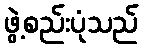
ဖွဲ့စည်းပုံသည်